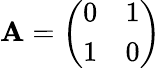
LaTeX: \mathbf{A}={\left(\begin{array}{ll}{0}&{1}\\ {1}&{0}\end{array}\right)}